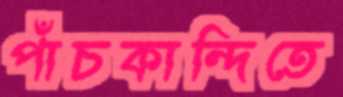
পাঁচকান্দিতে